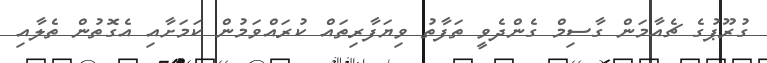
ގުރޫޕުގެ ޗެއާމަން ގާސިމް ގެންދެވީ ތަފާތު ވިޔަފާރިތައް ކުރައްވަމުން ކަމަށާއި އެގޮތުން ތެލާއި